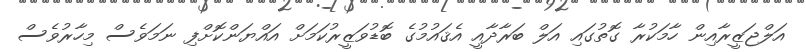
އަލްޖަޒީރާއިން ހާމަކުރާ ގޮތުގައި އަލް ބަރާދާއީ އެޤައުމުގެ ބޮޑުވަޒީރުކަމަށް އައްޔަންކޮށްފި ނަމަވެސް މިހާރުވެސް